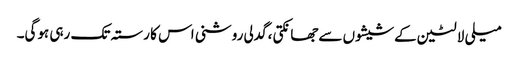
میلی لالٹین کےشیشوں سےجھانکتی ،گدلی روشنی اس کا رستہ تک رہی ہوگی۔